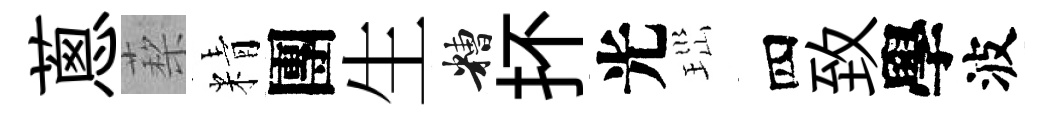
蔥蔾精團生糟抔光𤤼四致學波